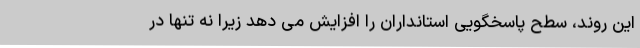
این روند، سطح پاسخگویی استانداران را افزایش می دهد زیرا نه تنها در